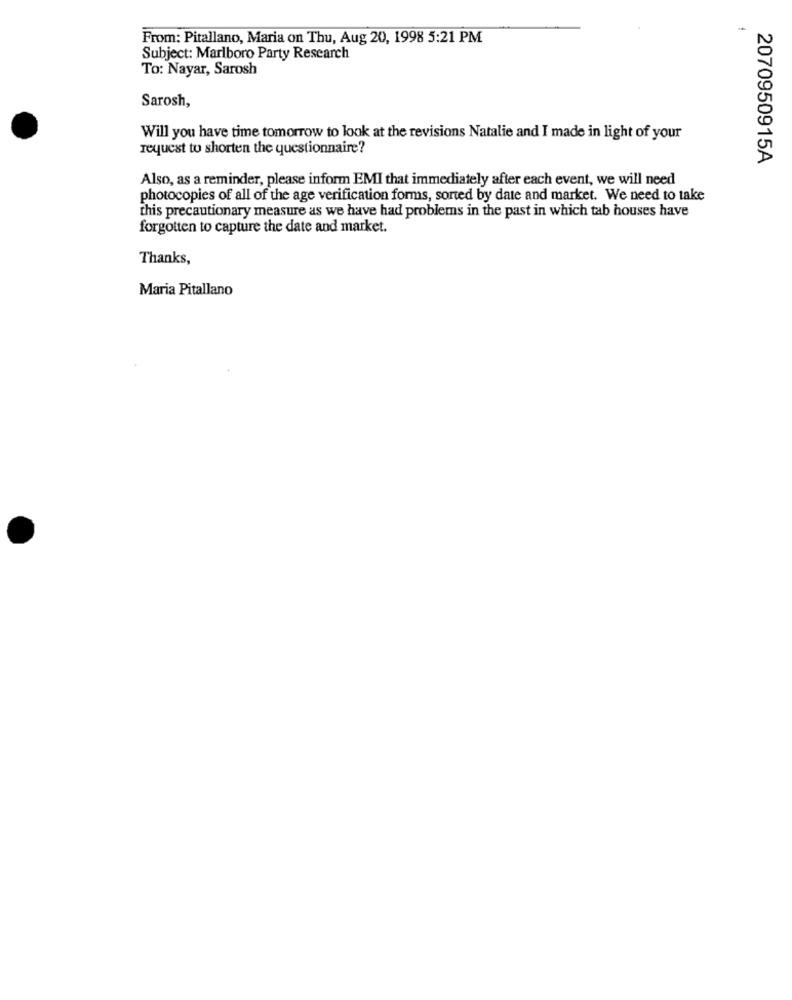
From: Pitallano, Maria on Thu, Aug 20, 1998 5:21 PM
Subject: Marlboro Party Research
To: Nayar, Sarosh
Sarosh,
Will you have time tomorrow to look at the revisions Natalie and I made in light of your
request to shorten the questionnaire?
2070950915A
Also, as a reminder, please inform EMI that immediately after each event, we will need
photocopies of all of the age verification forms, sorted by date and market. We need to take
this precautionary measure as we have had problems in the past in which tab houses have
forgotten to capture the date and market.
Thanks,
Maria Pitallano